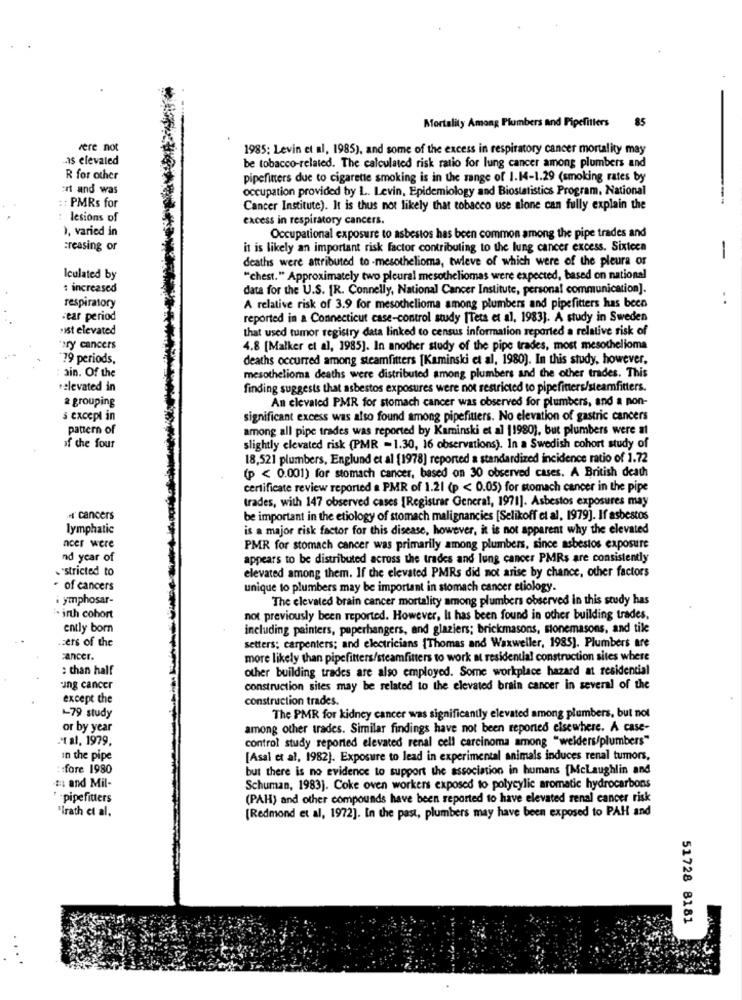
85
Mortality Among Plumbers and Pipefitters
vere not
1985: Levin et al, 1985), and some of the excess in respiratory cancer mortality may
as elevaled
be tobacco-related. The calculated risk ratio for lung cancer among plumbers and
R for other
pipefitters due to cigarette smoking is in the range of 1.14-1.29 (smoking rates by
:rt and was
occupation provided by L. Levin, Epidemiology and Biostatistics Program, National
:: PMRs for
Cancer Institute). It is thus not likely that tobacco use alone can fully explain the
lesions of
excess in respiratory cancers.
), varied in
Occupational exposure to asbestos has been common among the pipe trades and
Greasing or
it is likely an important risk factor contributing to the lung cancer excess. Sixteen
deaths were attributed to -mesothelioma, twleve of which were of the pleura or
-
Iculated by
"chest." Approximately two pleural mesotheliomas were expected, based on national
: increased
data for the U.S. [R. Connelly, National Cancer Institute, personal communication].
respiratory
. .
A relative risk of 3.9 for mesothelioma among plumbers and pipefitters has been
-ear period
reported in a Connecticut case-control study [Teta et al, 1983]. A study in Sweden
·ist elevated
that used tumor registry data linked to census information reported a relative risk of
"ory cancers
4.8 [Malker et al, 1985]. In another study of the pipe trades, most mesothelioma
79 periods,
deaths occurred among steamfitters [Kaminski et al, 1980). In this study, however,
ain. Of the
mesothelioma deaths were distributed among plumbers and the other trades. This
elevated in
finding suggests that asbestos exposures were not restricted to pipefiners/steamfitters.
a grouping
An elevated PMR for stomach cancer was observed for plumbers, and a non-
s except in
significant excess was also found among pipefitters. No elevation of gastric cancers
pattern of
among all pipe trades was reported by Kaminski et al 11980), but plumbers were a1
of the four
slightly elevated risk (PMR - 1.30, 16 observations). In a Swedish cohort study of
18,521 plumbers, Englund et al (1978] reported a standardized incidence ratio of 1.72
(p < 0.001) for stomach cancer, based on 30 observed cases. A British death
certificate review reported a PMR of 1.21 (p < 0.05) for stomach cancer in the pipe
trades, with 147 observed cases [Registrar General, 1971]. Asbestos exposures may
cancers
be important in the etiology of stomach malignancies [Selikoff et al, 1979]. If asbestos
lymphatic
is a major risk factor for this disease, however, it is not apparent why the elevated
ncer were
PMR for stomach cancer was primarily among plumbers, since asbestos exposure
nd year of
appears to be distributed across the trades and lung cancer PMRs are consistently
."stricted to
elevated among them. If the elevated PMRs did not arise by chance, other factors
of cancers
unique to plumbers may be important in stomach cancer etiology.
i ymphosar-
The elevated brain cancer mortality among plumbers observed in this study has
. inth cohort
not previously been reported. However, It has been found in other building trades,
ently born
including painters, puperhangers, and glaziers; brickmasons, stonemasons, and tile
zers of the
setters: carpenters; and electricians [Thomas and Waxweiler, 1985). Plumbers are
cancer.
more likely than pipefitters/steamfitters to work at residential construction sites where
: than half
other building trades are also employed. Some workplace hazard at residential
-ung cancer
construction sites may be related to the elevated brain cancer in several of the
except the
construction trades.
1-79 study
The PMR for kidney cancer was significantly elevated among plumbers, but not
or by year
among other trades. Similar findings have not been reported elsewhere. A case-
.et al. 1979.
control study reported elevated renal cell carcinoma among "welders/plumbers"
In the pipe
[Asal et al, 1982]. Exposure to lead in experimental animals induces renal tumors,
:fore 1980
but there is no evidence to support the association in humans [Mclaughlin and
m and Mil-
Schuman, 1983]. Coke oven workers exposed to polycylic aromatic hydrocarbons
* - pipefitters
(PAH) and other compounds have been reported to have elevated renal cancer risk
"irath et al.
[Redmond et al, 1972]. In the past, plumbers may have been exposed to PAH and
51728 8181
..